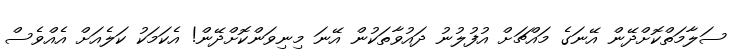
ސަލާމަތްކޮށްދޭން އޭނަގެ މައްޗަށް އުފުލުނު ދައުވާތަކުން އޭނަ މިނިވަންކޮށްދޭން! އެކަމަކު ކަލެއަށް އެއްވެސް